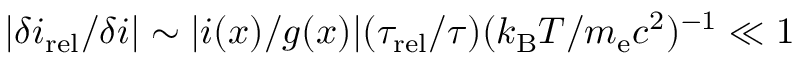
| \delta i _ { \mathrm { r e l } } / \delta i | \sim | i ( x ) / g ( x ) | ( \tau _ { \mathrm { r e l } } / \tau ) ( k _ { \mathrm { B } } T / m _ { \mathrm { e } } c ^ { 2 } ) ^ { - 1 } \ll 1